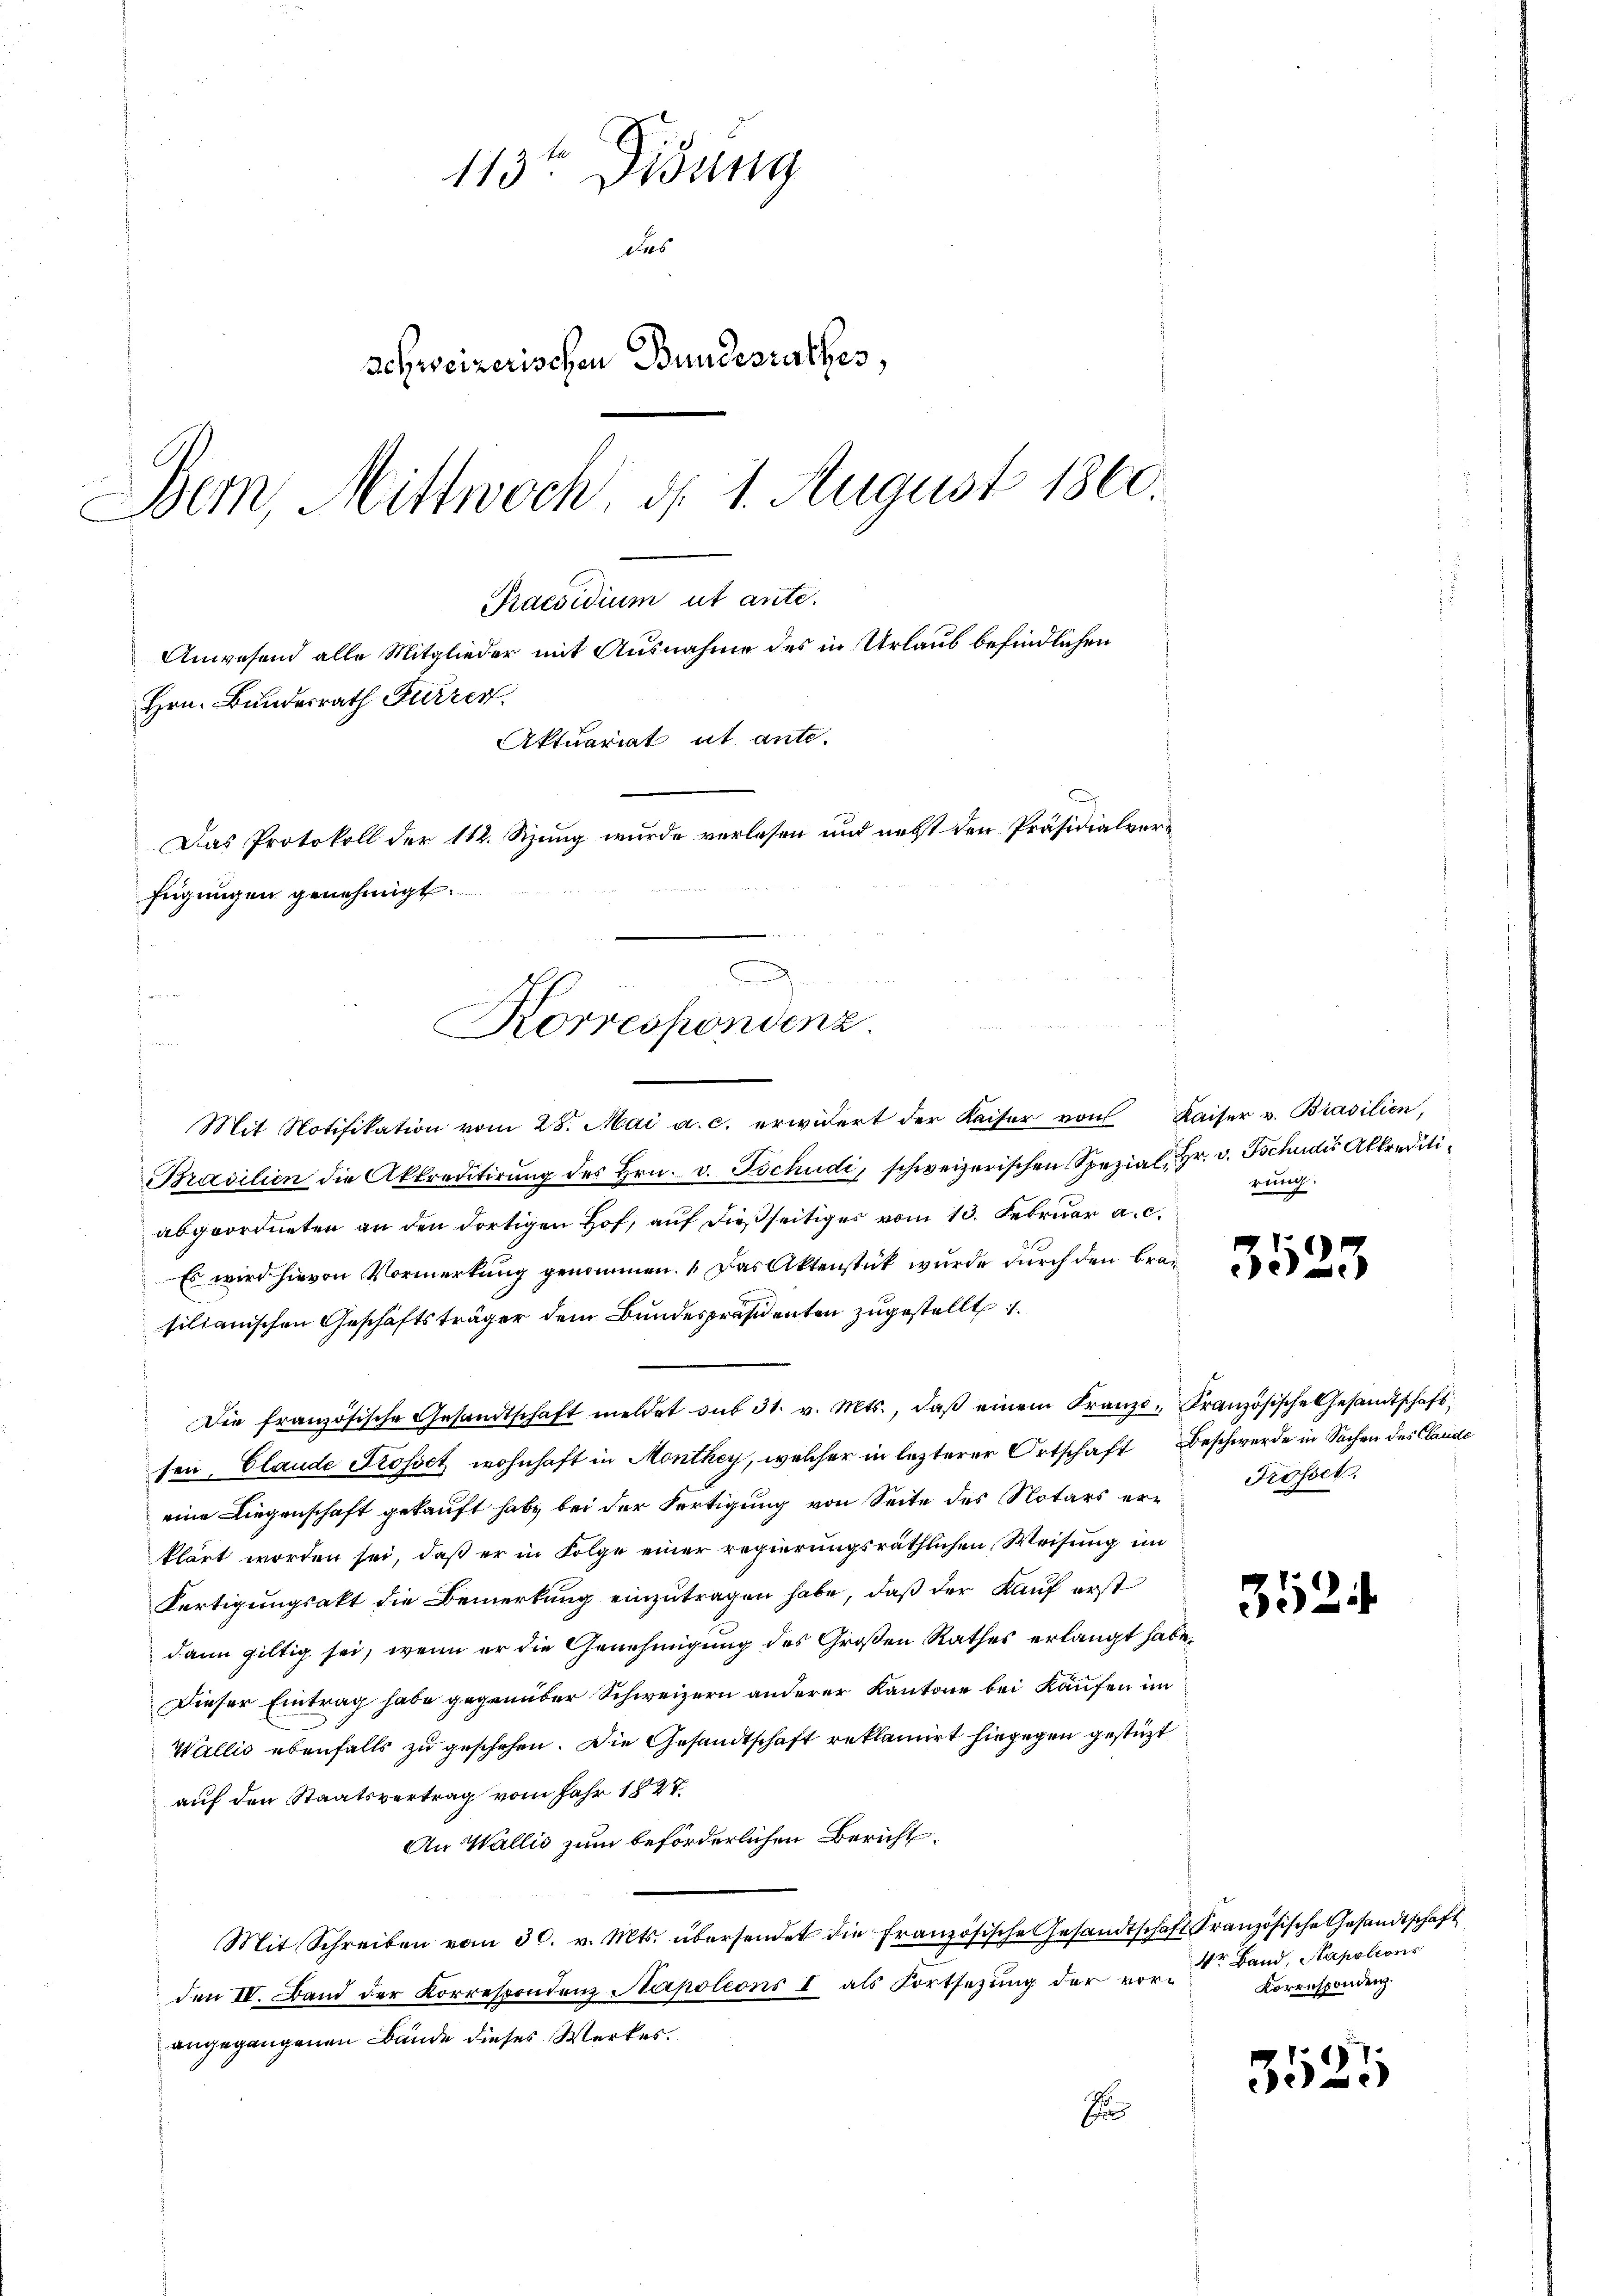
113ten Didung
Das
schweizerischen Bundesrathes,
Bern, Mittwoch d. 1. August 1860.
Praesidium ut ante.
Anwesend alle Mitglieder mit Ausnahme des in Urlaub befindlichen
Hrn. Bundesrath Furrer.
Aktuariat et ante.
Das Protokoll der 112. Sizung wurde verlesen und nebst den Präsidialverfeigungen genehmigt.

C
Korrespondenz.

Mit Notifikation vom 28. Mai a. c. erwidert der Kaiser von Kaiser v. Brasilien,
Brasilien die Akkreditirŭng des Hrn. v. Tschudi, schweizerischen Spezial, Hr. v. Tschudis Akkreditiabgeordneten an den dortigen Hof, auf dießseitiges vom 13. Februar a. c.
Es wird hievon Vormerkung genommen. Das Aktenstück wurde durch den Bran
silianischen Geschäftsträger dem Bundespräsidenten zugestellt.
Die französische Gesandtschaft meldet sub 31. v. Mts., daβ einem Franze Französische Gesandtschaft,
1
ten, Claude Trosset wohnhaft in Monthey, welcher in lezterer Ortschaft Beschwerde in Sachen des Claude
eine Liegenschaft gekauft habe bei der Fertigung von Seite des Notars erklärt worden sei, daß er in Folge einer regierungsräthlichen Weisung im
Fertigungsakt die Bemerkung einzutragen habe, daß der Kauf erst
dann giltig sei, wenn er die Genehmigung des Großen Rathes erlangt habe.
Dieser Eintrag habe gegenüber Schweizern anderer Kantone bei Kaufen im
Wallis ebenfalls zu geschehen. Die Gesandtschaft reklamirt hingegen gestüzt
auf den Staatsvertrag vom Jahr 1827.
An Wallis zum beförderlichen Bericht
Mit Schreiben vom 30. v. Mts. übersendet die französische Gesandtschaft Französische Gesandtschaft
den IV. Band der Korrespondenz Napotions I. als Fortsetzung der vorangegangenen Bände dieses Werkes.
Sa

reich

Frosect.

352.

3525

4r Band, Napoleons
Korrespondenz.